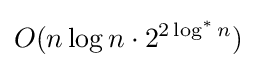
O(n\log n\cdot 2^{2\log ^{*}n})